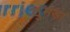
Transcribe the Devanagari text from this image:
ठुमड़ा